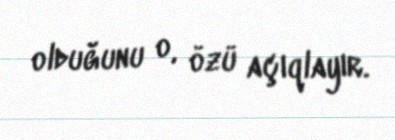
olduğunu o, özü açıqlayır.